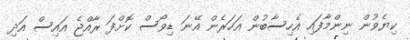
ކިޔެވުން ނިންމާފައި އެހިސާބުން އަހަރެން އޭނަ ޑިވޯސް ކޮށްފަ ރާއްޖެ އައިސް އަދި